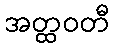
အတ္ထဝတီ